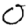
Digit: 0